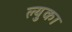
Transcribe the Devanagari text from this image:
ल्युका